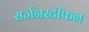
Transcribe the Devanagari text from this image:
सर्जनस्टीफन